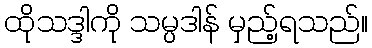
ထိုသဒ္ဒါကို သမ္ပဒါန် မှည့်ရသည်။